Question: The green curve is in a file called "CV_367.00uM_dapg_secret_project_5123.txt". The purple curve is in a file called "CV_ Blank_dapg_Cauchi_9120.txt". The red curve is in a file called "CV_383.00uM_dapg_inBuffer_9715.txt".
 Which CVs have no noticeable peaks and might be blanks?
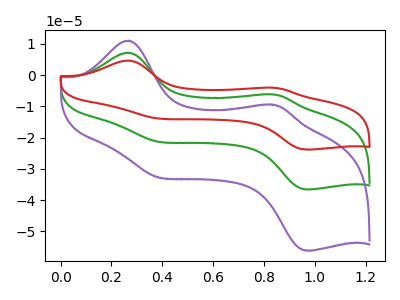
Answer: <think>The green curve "dapg_367.00uM" has anodic peaks at (0.25V, 7.20uA) (0.85V, -6.10uA) and cathodic peaks at (0.35V, -21.05uA) (0.95V, -36.55uA). The purple curve "dapg_ Blank" has anodic peaks at (0.25V, 11.05uA) (0.85V, -9.40uA) and cathodic peaks at (0.35V, -32.35uA) (0.95V, -56.15uA). The red curve "dapg_383.00uM" has anodic peaks at (0.25V, 14.40uA) (0.85V, -12.25uA) and cathodic peaks at (0.35V, -42.15uA) (0.95V, -73.10uA).</think>
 <answer>There are not any CV's on this graph that are likely to be blanks.</answer>
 <eval>none</eval>